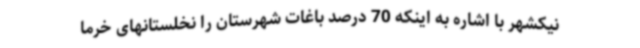
نیکشهر با اشاره به اینکه 70 درصد باغات شهرستان را نخلستانهای خرما